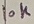
Text: 10K